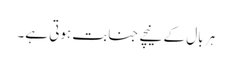
ہر بال کے نیچے جنابت ہوتی ہے۔